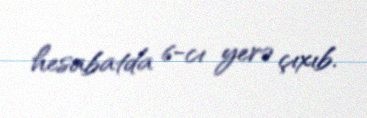
hesabatda 6-cı yerə çıxıb.